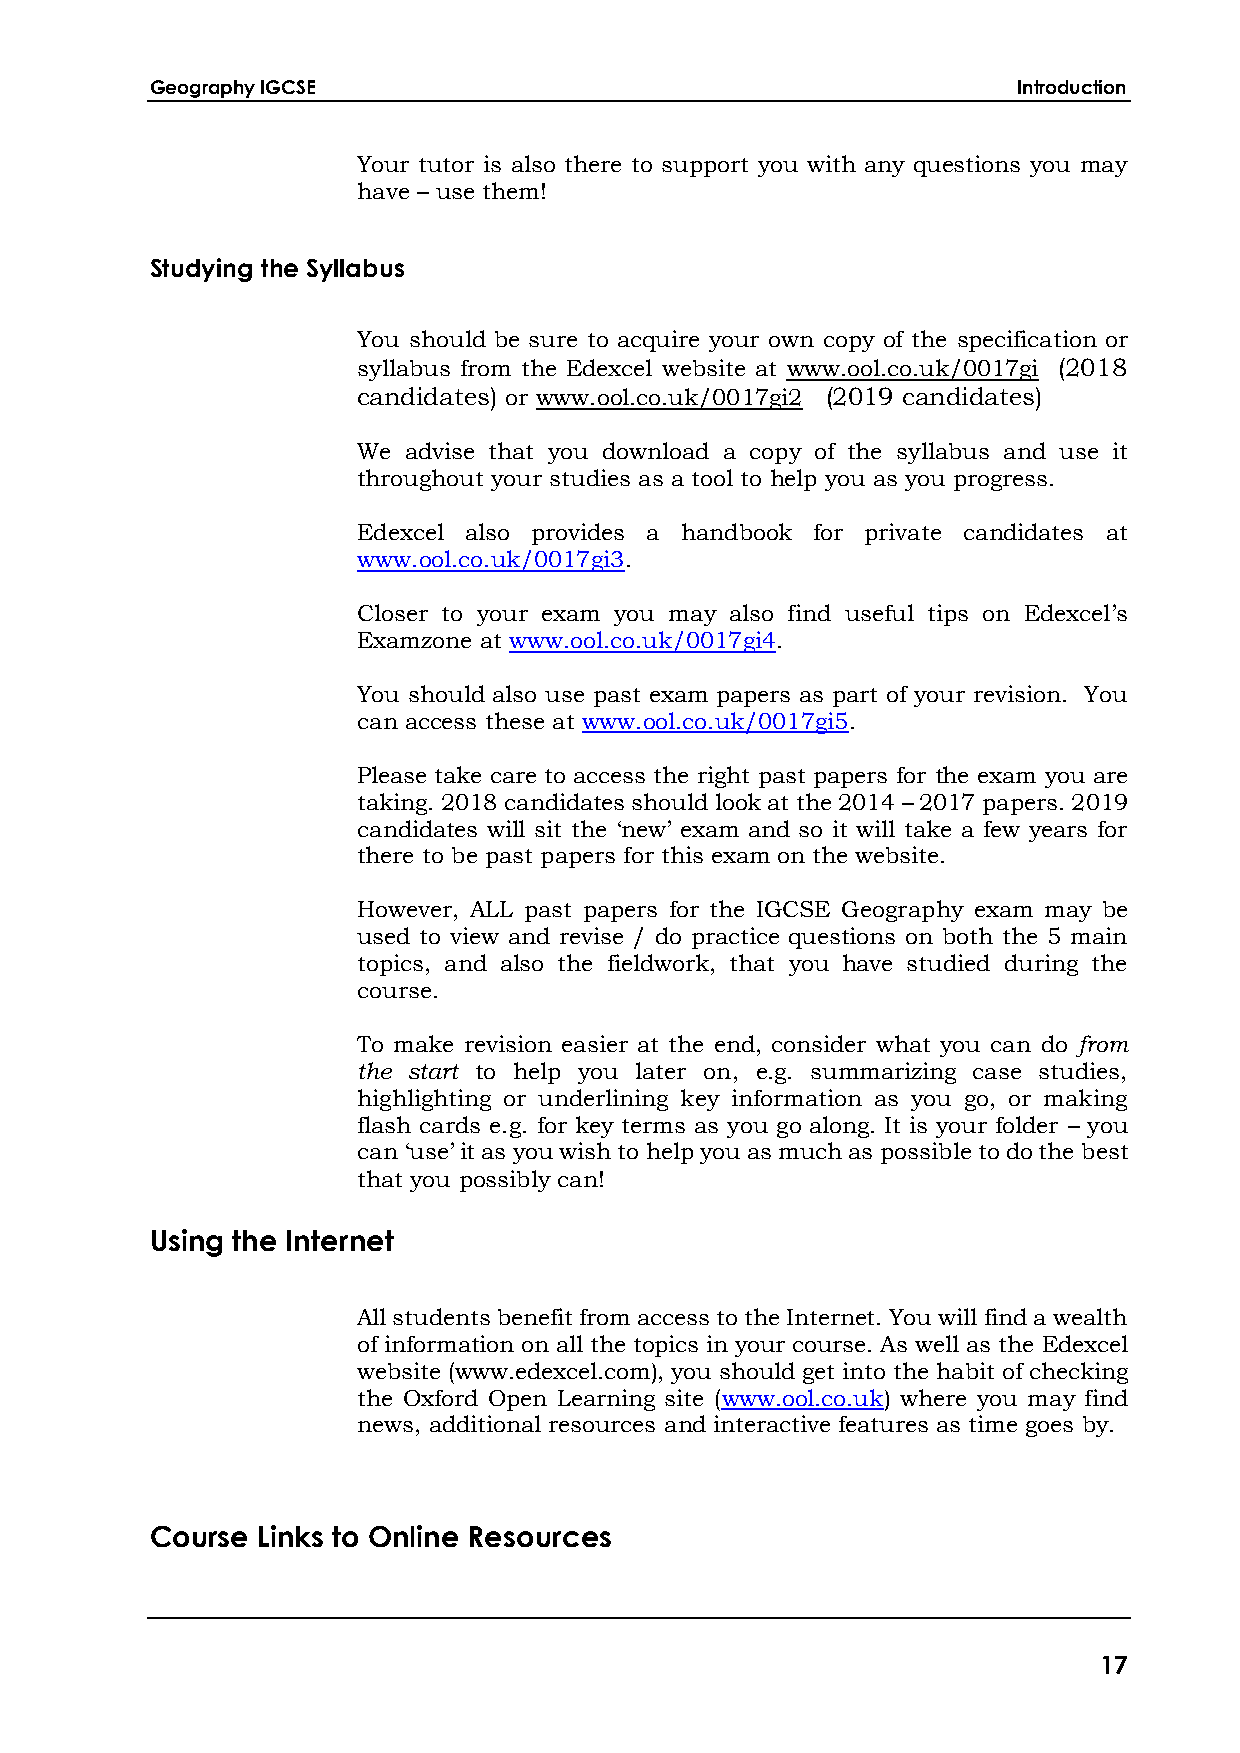
Geography IGCSE                                          Introduction
 Your tutor is also there to support you with any questions you may
 have – use them!
 Studying the Syllabus
 You should be sure to acquire your own copy of the specification or
 syllabus from the Edexcel website at www.ool.co.uk/0017gi (2018
 candidates) or www.ool.co.uk/0017gi2 (2019 candidates)
 We advise that you download a copy of the syllabus and use it
 throughout your studies as a tool to help you as you progress.
 Edexcel also provides a handbook for private candidates at
 www.ool.co.uk/0017gi3.
 Closer to your exam you may also find useful tips on Edexcel’s
 Examzone at www.ool.co.uk/0017gi4.
 You should also use past exam papers as part of your revision. You
 can access these at www.ool.co.uk/0017gi5.
 Please take care to access the right past papers for the exam you are
 taking. 2018 candidates should look at the 2014 – 2017 papers. 2019
 candidates will sit the ‘new’ exam and so it will take a few years for
 there to be past papers for this exam on the website.
 However, ALL past papers for the IGCSE Geography exam may be
 used to view and revise / do practice questions on both the 5 main
 topics, and also the fieldwork, that you have studied during the
 course.
 To make revision easier at the end, consider what you can do from
 the start to help you later on, e.g. summarizing case studies,
 highlighting or underlining key information as you go, or making
 flash cards e.g. for key terms as you go along. It is your folder – you
 can ‘use’ it as you wish to help you as much as possible to do the best
 that you possibly can!
 Using the Internet
 All students benefit from access to the Internet. You will find a wealth
 of information on all the topics in your course. As well as the Edexcel
 website (www.edexcel.com), you should get into the habit of checking
 the Oxford Open Learning site (www.ool.co.uk) where you may find
 news, additional resources and interactive features as time goes by.
 Course Links to Online Resources
 17